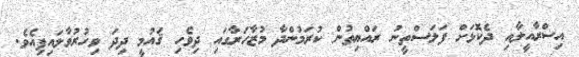
އިސްރާއީލާއި ދެކޮޅަށް ފަލަސްތީނު ރައްޔިތުން ކުރަމުންދާ މުޒާހަރާގައި ދިވެހި ޤައުމީ ދިދަ ވިހުރުވާލައިފިއެވެ.